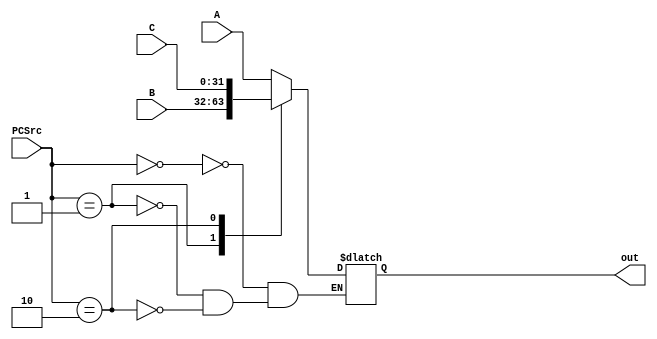
`timescale 1ns / 1ps

module dataSelect_321(PCSrc,A,B,C,out);
input [1:0]PCSrc;
input [31:0]A;
input [31:0]B;
input [31:0]C;
output reg [31:0]out;
always@(*)  begin
      case(PCSrc)
      'b00:
      begin
         out = A;
      end
      'b01:
      begin
         out = B;
      end
      'b10:
      begin
         out = C;
      end
      endcase 
    end
endmodule